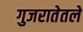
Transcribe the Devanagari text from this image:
गुजरातेतले